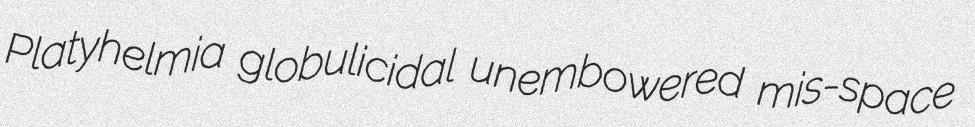
Platyhelmia globulicidal unembowered mis-space